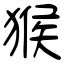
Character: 猴